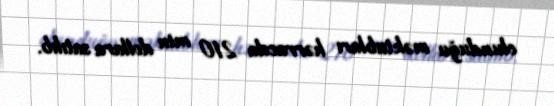
olunduğu məktubları hərracda 210 min dollara satılıb.